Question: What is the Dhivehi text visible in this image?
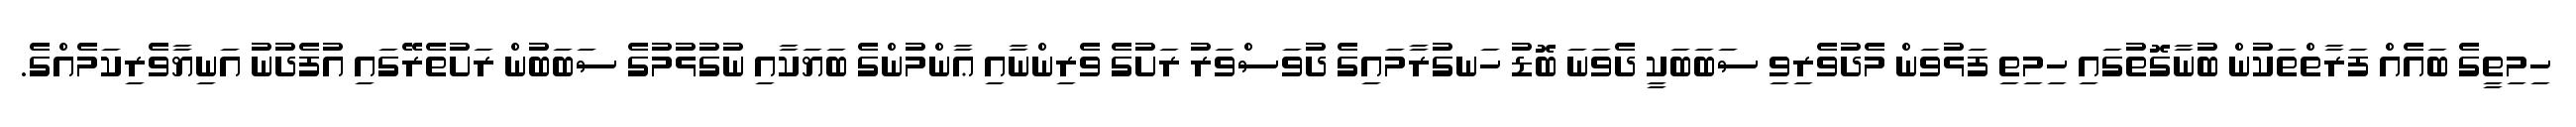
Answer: ހިމިތީގެ ބައެއް ފަރާތްތަކުން ބުނާގޮތުގައި ހިމިތި ފަޅުވަން މެދުވެރިވި ސަބަބަކީ ދެވަނަ ބޮޑު ހަނގުރާމައިގެ ދުވަސްވަރު ރަށުގެ ވެރިންނާއި ޢާންމުންގެ ބަޔަކާއި ނުގުޅުމުގެ ސަބަބުން ރަށުތެރޭގައި އުފެދުނު އަނިޔާވެރިކަމެއްގެ.